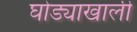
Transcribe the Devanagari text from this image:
घोड्याखाली